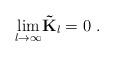
LaTeX: \begin{align*}\underset{l\rightarrow \infty }{\lim }\mathbf{\tilde{K}}_{l}=0\ .\end{align*}